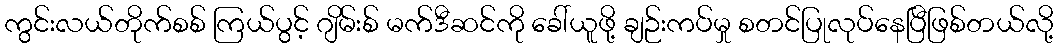
ကွင်းလယ်တိုက်စစ် ကြယ်ပွင့် ဂျိမ်းစ် မက်ဒီဆင်ကို ခေါ်ယူဖို့ ချဉ်းကပ်မှု စတင်ပြုလုပ်နေပြီဖြစ်တယ်လို့